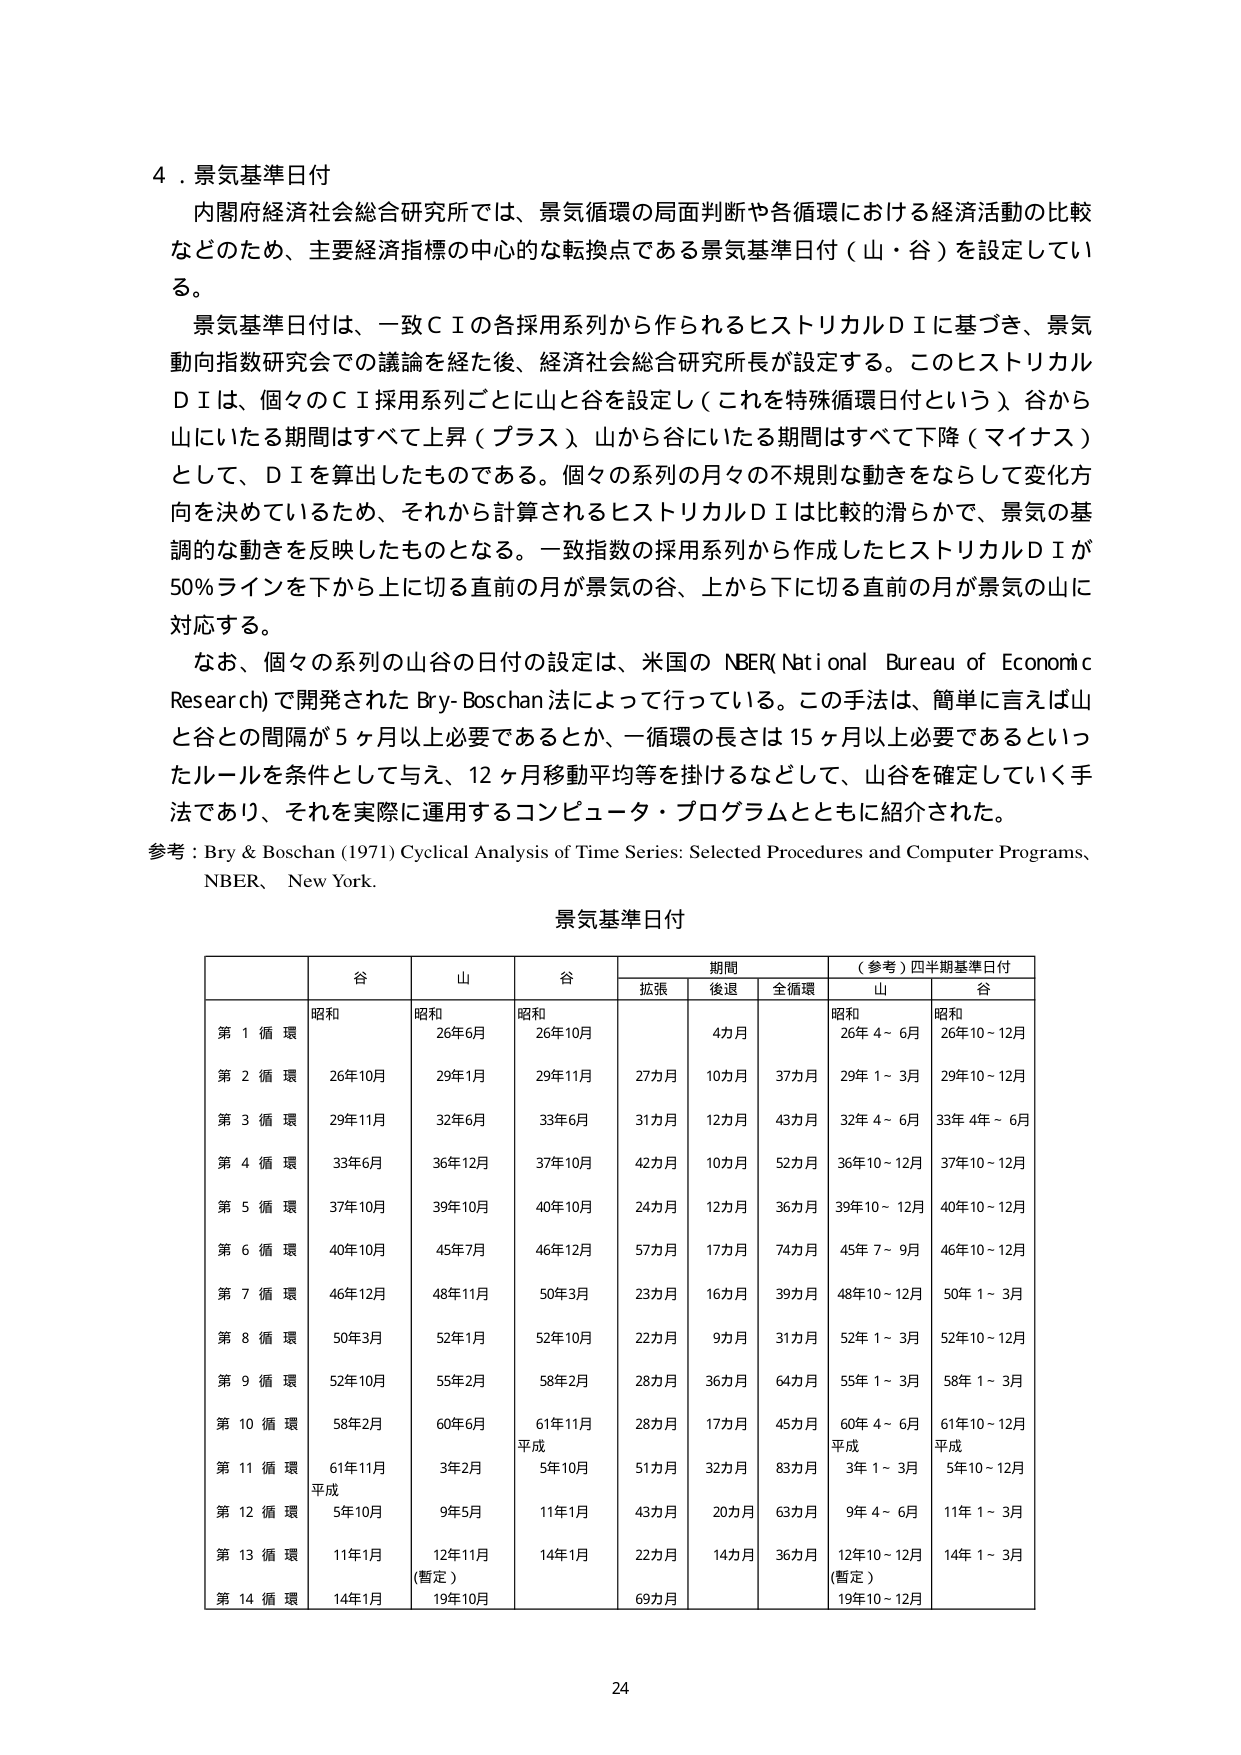
4．景気基準日付
内閣府経済社会総合研究所では、景気循環の局面判断や各循環における経済活動の比較などのため、主要経済指標の中心的な転換点である景気基準日付（山・谷）を設定している。
景気基準日付は、一致ＣＩの各採用系列から作られるヒストリカルＤＩに基づき、景気動向指数研究会での議論を経た後、経済社会総合研究所長が設定する。このヒストリカルＤＩは、個々のＣＩ採用系列ごとに山と谷を設定し（これを特殊循環日付という）、谷から山にいたる期間はすべて上昇（プラス）、山から谷にいたる期間はすべて下降（マイナス）として、ＤＩを算出したものである。個々の系列の月々の不規則な動きをならして変化方向を決めているため、それから計算されるヒストリカルＤＩは比較的滑らかで、景気の基調的な動きを反映したものとなる。一致指数の採用系列から作成したヒストリカルＤＩが50％ラインを下から上に切る直前の月が景気の谷、上から下に切る直前の月が景気の山に対応する。
なお、個々の系列の山谷の日付の設定は、米国の NBER(National Bureau of Economic Research) で開発された Bry-Boschan 法によって行っている。この手法は、簡単に言えば山と谷との間隔が5ヶ月以上必要であるとか、一循環の長さは15ヶ月以上必要であるといったルールを条件として与え、12ヶ月移動平均等を掛けるなどして、山谷を確定していく手法であり、それを実際に運用するコンピュータ・プログラムとともに紹介された。
参考：Bry & Boschan (1971) Cyclical Analysis of Time Series: Selected Procedures and Computer Programs, NBER, New York.

景気基準日付

| | 谷 | 山 | 谷 | 期間 | （参考）四半期基準日付 |
|---|---|---|---|---|---|
| | | | | 拡張 | 後退 | 全循環 | 山 | 谷 |
| 第 1 循 環 | 昭和26年10月 | 昭和26年6月 | 昭和26年10月 | 4カ月 | | | 昭和26年4～6月 | 昭和26年10～12月 |
| 第 2 循 環 | 26年10月 | 29年1月 | 29年11月 | 27カ月 | 10カ月 | 37カ月 | 29年1～3月 | 29年10～12月 |
| 第 3 循 環 | 29年11月 | 32年6月 | 33年6月 | 31カ月 | 12カ月 | 43カ月 | 32年4～6月 | 33年4年～6月 |
| 第 4 循 環 | 33年6月 | 36年12月 | 37年10月 | 42カ月 | 10カ月 | 52カ月 | 36年10～12月 | 37年10～12月 |
| 第 5 循 環 | 37年10月 | 39年10月 | 40年10月 | 24カ月 | 12カ月 | 36カ月 | 39年10～12月 | 40年10～12月 |
| 第 6 循 環 | 40年10月 | 45年7月 | 46年12月 | 57カ月 | 17カ月 | 74カ月 | 45年7～9月 | 46年10～12月 |
| 第 7 循 環 | 46年12月 | 48年11月 | 50年3月 | 23カ月 | 16カ月 | 39カ月 | 48年10～12月 | 50年1～3月 |
| 第 8 循 環 | 50年3月 | 52年1月 | 52年10月 | 22カ月 | 9カ月 | 31カ月 | 52年1～3月 | 52年10～12月 |
| 第 9 循 環 | 52年10月 | 55年2月 | 58年2月 | 28カ月 | 36カ月 | 64カ月 | 55年1～3月 | 58年1～3月 |
| 第 10 循 環 | 58年2月 | 60年6月 | 61年11月 | 28カ月 | 17カ月 | 45カ月 | 60年4～6月 | 61年10～12月 |
| 第 11 循 環 | 61年11月 | 3年2月 | 5年10月 | 51カ月 | 32カ月 | 83カ月 | 平成3年1～3月 | 平成5年10～12月 |
| 第 12 循 環 | 平成5年10月 | 9年5月 | 11年1月 | 43カ月 | 20カ月 | 63カ月 | 9年4～6月 | 11年1～3月 |
| 第 13 循 環 | 11年1月 | 12年11月（暫定） | 14年1月 | 22カ月 | 14カ月 | 36カ月 | 12年10～12月（暫定） | 14年1～3月 |
| 第 14 循 環 | 14年1月 | 19年10月 | | 69カ月 | | | 19年10～12月 | |

24